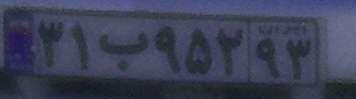
۳۱ب۹۵۲۹۳